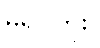
မရပါဘူး။